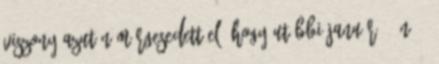
viszony azután mérgesedett el, hogy utóbbi január 2-án 46